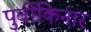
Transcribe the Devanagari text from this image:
पुर्वीकिनार